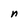
Character: n